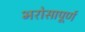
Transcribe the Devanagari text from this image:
भरोसापूर्ण